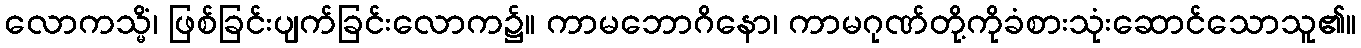
လောကသ္မိံ၊ ဖြစ်ခြင်းပျက်ခြင်းလောက၌။ ကာမဘောဂိနော၊ ကာမဂုဏ်တို့ကိုခံစားသုံးဆောင်သောသူ၏။